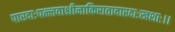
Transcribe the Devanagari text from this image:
पारदाःपल्लवाश्चीनाकिरातादारदाःखशाः।।